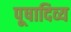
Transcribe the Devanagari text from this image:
पूषादिव्य